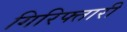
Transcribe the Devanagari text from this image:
गिरिफ्तारी